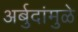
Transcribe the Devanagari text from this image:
अर्बुदांमुळे